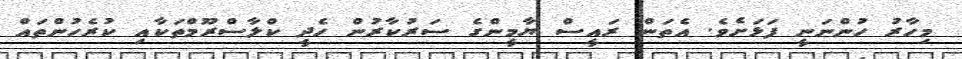
މިހާރު ހުންނަނީ ފަޅަށެވެ. އެތަން ރައީސް ޔާމީންގެ ސަރުކާރުން ހެދީ ކްލާސްރޫމްތަކާއި ކުރެހުންތައް